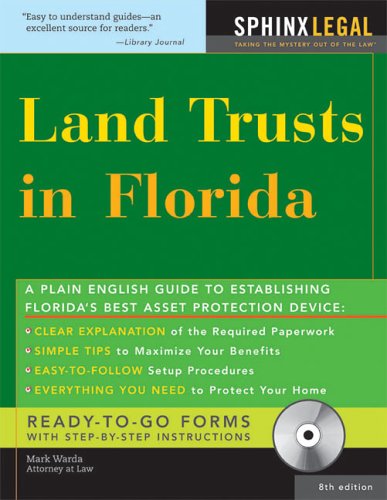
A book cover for Land Trusts in Florida with CD, 8E; Mark Warda; Law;